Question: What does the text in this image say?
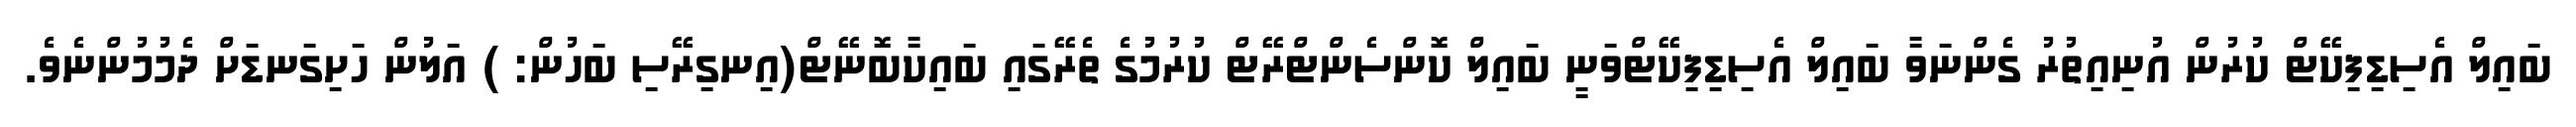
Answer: ބައިލް އެސިޑިފިކޭޓް ކުރުން އުނިއިތުރު ގެންނަވާ ބައިލް އެސިޑިފިކޭޓްވަނީ ބައިލް ކޮންސެންޓްރޭޓް ކުރުމުގެ ތެރޭގައި ބައިކާބޮނޭޓް(އިނގިރޭސި ބަހުން: ) އަލުން ހަށިގަނޑަށް ދެމުމުންނެވެ.